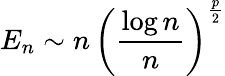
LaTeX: E_{n}\sim n\, \left(\frac{\log n}{n}\right)^{\frac{p}{2}}